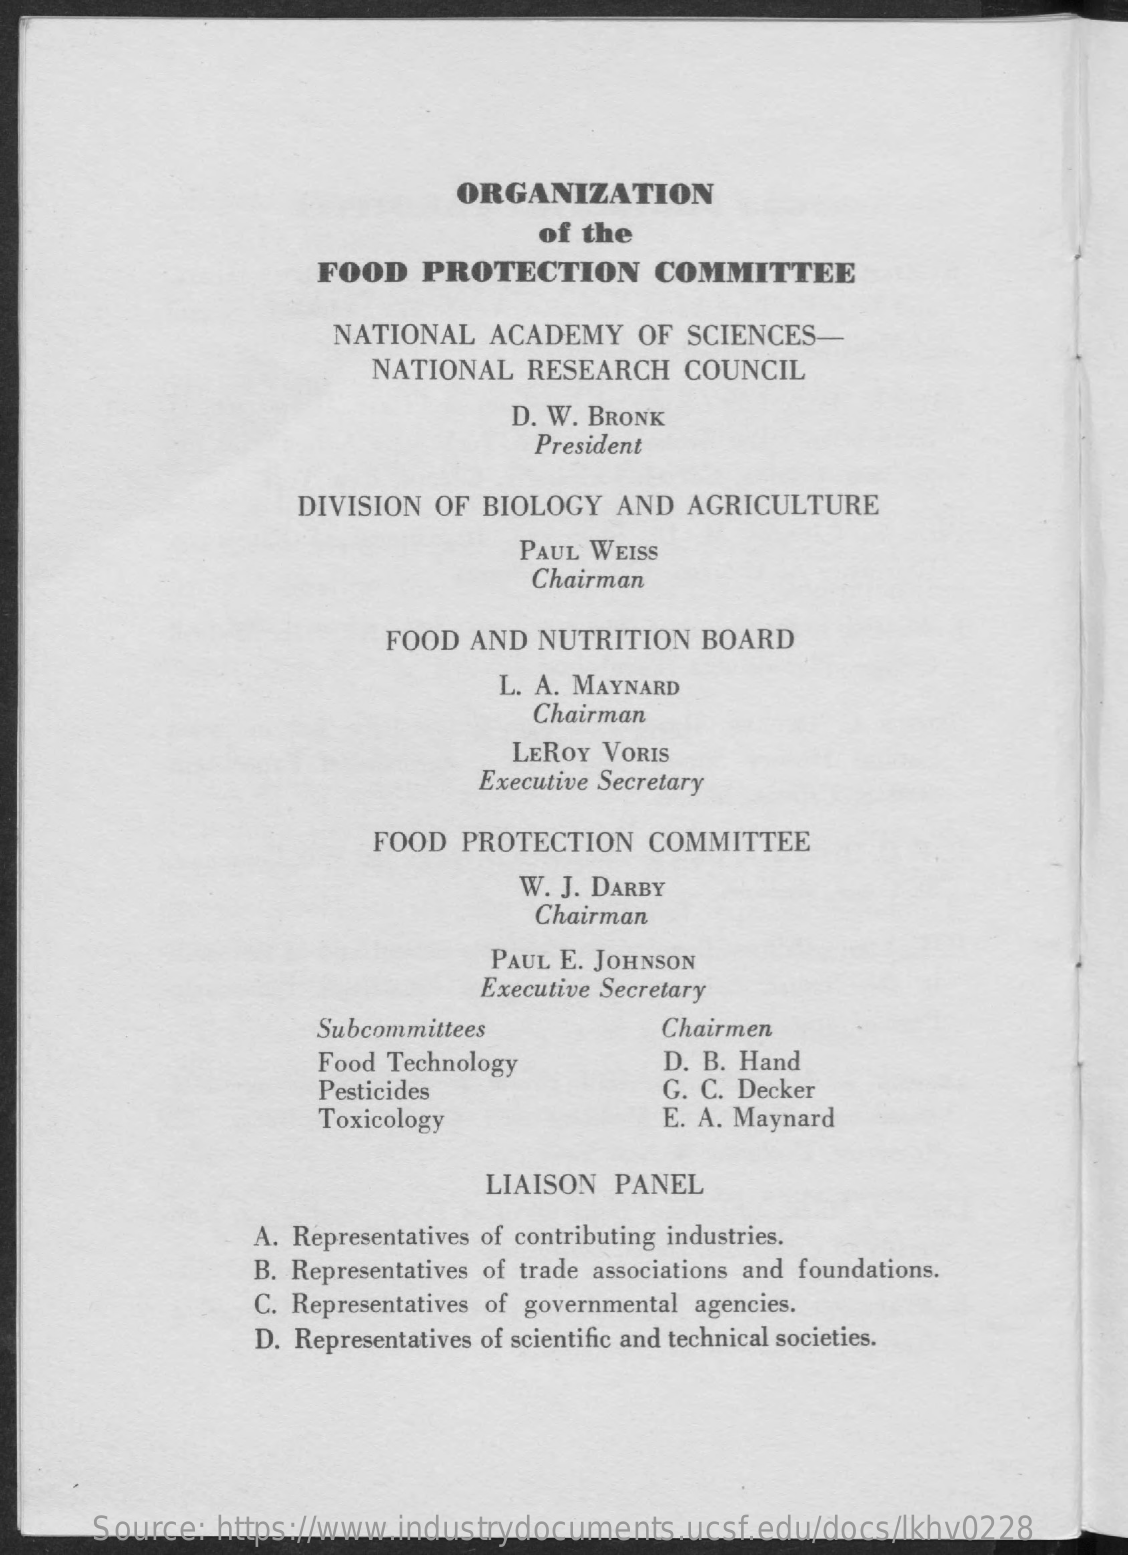
ORGANIZATION
     of the
     FOOD  PROTECTION    COMMITTEE
     NATIONAL  ACADEMY  OF SCIENCES
     NATIONAL RESEARCH  COUNCIL
     D. W. BRONK
     President
     DIVISION OF BIOLOGY AND AGRICULTURE
     PAUL WEISS
     Chairman
     FOOD  AND NUTRITION BOARD
     L. A. MAYNARD
     Chairman
     LEROY VORIS
     Executive Secretary
     FOOD PROTECTION  COMMITTEE
     W. J. DARBY
     Chairman
     PAUL E. JOHNSON
     Executive Secretary
     Subcommittees    Chairmen
     Food Technology    D. B. Hand
     Pesticides    G. C. Decker
     Toxicology    E. A. Maynard
     LIAISON PANEL
     A. Representatives of contributing industries.
     B. Representatives of trade associations and foundations.
     C. Representatives of governmental agencies.
     D. Representatives of scientific and technical societies.
     Source: https://www.industrydocuments.ucsf.edu/docs/lkhv0228